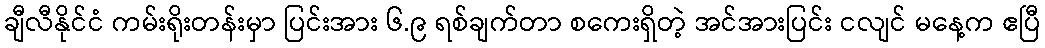
ချီလီနိုင်ငံ ကမ်းရိုးတန်းမှာ ပြင်းအား ၆.၉ ရစ်ချက်တာ စကေးရှိတဲ့ အင်အားပြင်း ငလျင် မနေ့က ဧပြီ